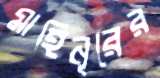
মাহিনূরের